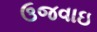
ઉજવાઇ